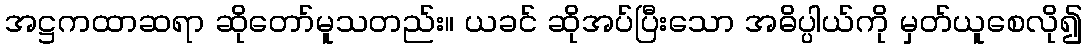
အဋ္ဌကထာဆရာ ဆိုတော်မူသတည်း။ ယခင် ဆိုအပ်ပြီးသော အဓိပ္ပါယ်ကို မှတ်ယူစေလို၍